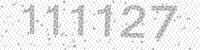
Solution: 111127